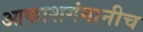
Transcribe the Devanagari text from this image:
आकाशगंगानीच